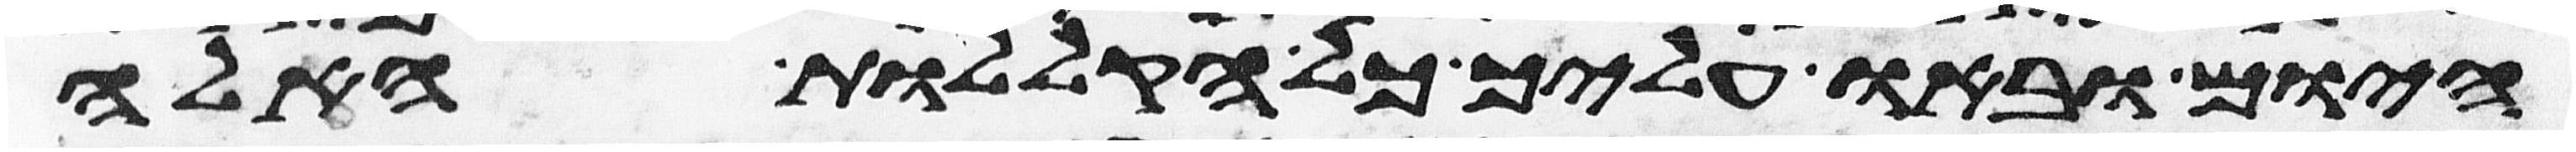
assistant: היום ובאו עליך כל הקללות האלה